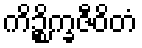
ကိဉ္စိက္ခဇီဝိတံ